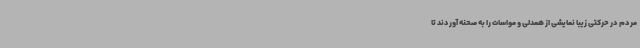
مردم در حرکتی زیبا نمایشی از همدلی و مواسات را به صحنه آوردند تا